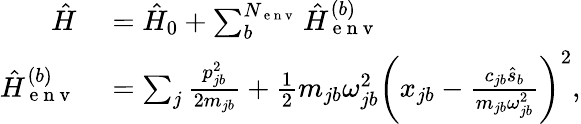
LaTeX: \begin{array}{rl}{\hat{H}}&{{}=\hat{H}_{0}+\sum_{b}^{N_{\mathrm{~e~n~v~}}}\hat{H}_{\mathrm{~e~n~v~}}^{(b)}}\\ {\hat{H}_{\mathrm{~e~n~v~}}^{(b)}}&{{}=\sum_{j}\frac{p_{jb}^{2}}{2m_{jb}}+\frac{1}{2}m_{jb}\omega_{jb}^{2}\left(x_{jb}-\frac{c_{jb}\hat{s}_{b}}{m_{jb}\omega_{jb}^{2}}\right)^{2},}\end{array}